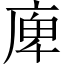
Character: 庳